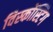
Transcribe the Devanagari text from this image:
विस्कोंस्टिग